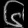
Digit: ၆